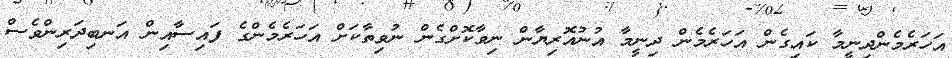
އަހަރެމެންދިނީމާ ކައިގެން އަހަރެމެން ދިނީމާ އުނުއޮރިޔާން ނިވާކޮށްގެން ނުވިތާކަށް އަހަރެމެންގެ ފައިސާއިން އަނބިދަރިންވެސް